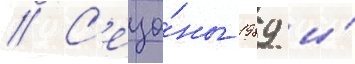
// С'езо́ны 1989 и́